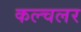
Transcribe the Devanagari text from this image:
कल्चलर